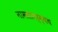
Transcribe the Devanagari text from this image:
नामसाधर्म्यच